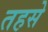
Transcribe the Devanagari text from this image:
तहसे